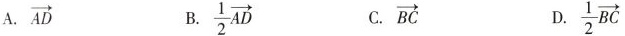
A. \overrightarrow{AD} B. \frac{1}{2}\overrightarrow{AD} C. \overrightarrow{BC} D. \frac{1}{2}\overrightarrow{BC}